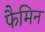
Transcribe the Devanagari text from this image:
फैमिन